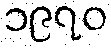
၁၉၇၀